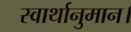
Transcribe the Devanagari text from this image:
स्वार्थानुमान।